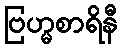
ဗြဟ္မစာရိနီ